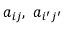
a _ { i j } , \ a _ { i ^ { \prime } j ^ { \prime } }